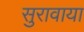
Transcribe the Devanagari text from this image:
सुरावाया